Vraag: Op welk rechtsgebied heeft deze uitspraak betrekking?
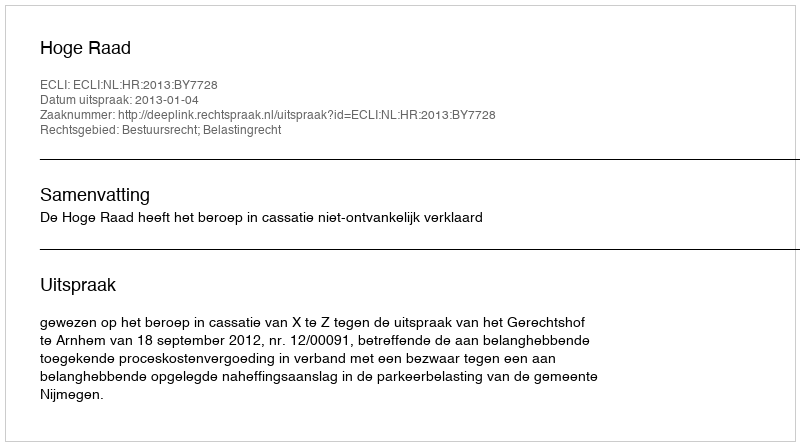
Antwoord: Bestuursrecht; Belastingrecht